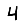
Digit: 4